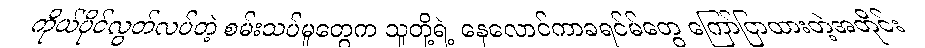
ကိုယ်ပိုင်လွတ်လပ်တဲ့ စမ်းသပ်မှုတွေက သူတို့ရဲ့ နေလောင်ကာခရင်မ်တွေ ကြော်ငြာထားတဲ့အတိုင်း